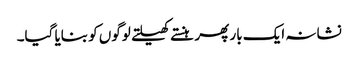
نشانہ ایک بار پھر ہنستے کھیلتے لوگوں کو بنایا گیا۔